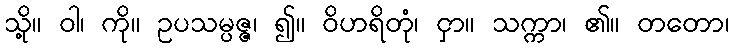
သို့။ ဝါ၊ ကို။ ဥပသမ္ပဇ္ဇ၊ ၍။ ဝိဟရိတုံ၊ ငှာ။ သက္ကာ၊ ၏။ တတော၊